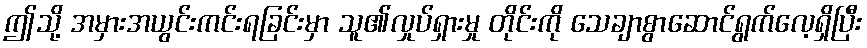
ဤသို့ အမှားအယွင်းကင်းရခြင်းမှာ သူ၏လှုပ်ရှားမှု တိုင်းကို သေချာစွာဆောင်ရွက်လေ့ရှိပြီး